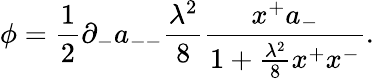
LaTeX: \phi={\frac{1}{2}}\partial_{-}a_{--}{\frac{\lambda^{2}}{8}}{\frac{x^{+}a_{-}}{1+{\frac{\lambda^{2}}{8}}x^{+}x^{-}}}.